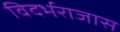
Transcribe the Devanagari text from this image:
विदर्भराजास